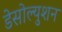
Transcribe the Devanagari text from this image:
डेसोल्युशन